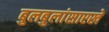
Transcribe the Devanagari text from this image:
बुलबुलांसारखे